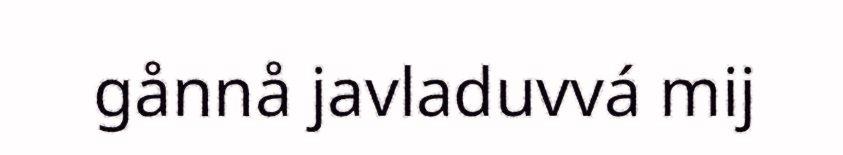
gånnå javladuvvá mij